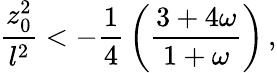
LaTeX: {\frac{z_{0}^{2}}{l^{2}}}<-{\frac{1}{4}}\left({\frac{3+4\omega}{1+\omega}}\right)\, ,